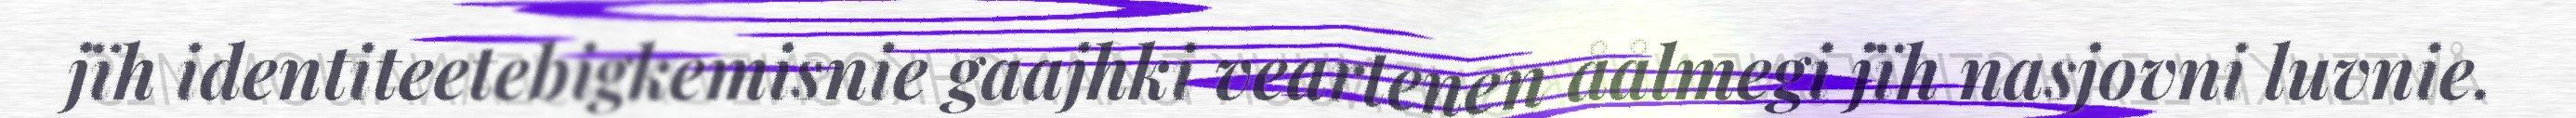
jïh identiteetebigkemisnie gaajhki veartenen åålmegi jïh nasjovni luvnie.